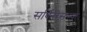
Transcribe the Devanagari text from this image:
सर्विसेसच्या